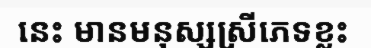
នេះ មានមនុស្សស្រីភេទខ្លះ